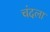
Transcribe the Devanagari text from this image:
चंदला